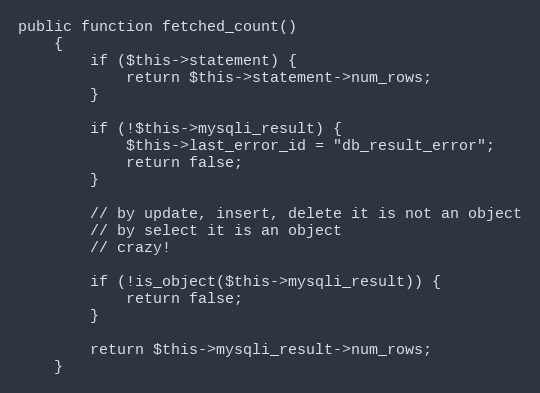
Language: PHP
public function fetched_count()
    {
        if ($this->statement) {
            return $this->statement->num_rows;
        }

        if (!$this->mysqli_result) {
            $this->last_error_id = "db_result_error";
            return false;
        }

        // by update, insert, delete it is not an object
        // by select it is an object
        // crazy!

        if (!is_object($this->mysqli_result)) {
            return false;
        }

        return $this->mysqli_result->num_rows;
    }